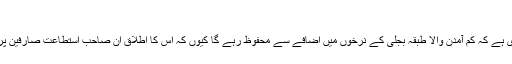
‘‘
مسلم لیگ (ن) کی حکومت کا دعویٰ ہے کہ کم آمدن والا طبقہ بجلی کے نرخوں میں اضافے سے محفوظ رہے گا کیوں کہ اس کا اطلاق اُن صاحب استطاعَت صارفین پر ہوگا جو رعایت کے مستحق نہیں۔